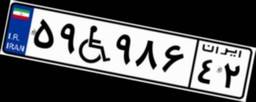
۹۹W۸۳۹۷۶